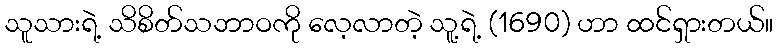
သူသားရဲ့ သိစိတ်သဘာဝကို လေ့လာတဲ့ သူ့ရဲ့ (1690) ဟာ ထင်ရှားတယ်။